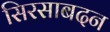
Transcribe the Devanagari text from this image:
सिरसाबदन